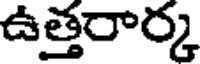
ఉత్తరార్క